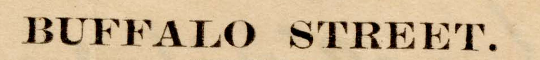
BUFFALO STREET.